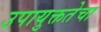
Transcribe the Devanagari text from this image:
उपायुक्ततेचा